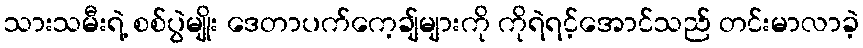
သားသမီးရဲ့ စစ်ပွဲမျိုး ဒေတာပက်ကေ့ချ်များကို ကိုရဲရင့်အောင်သည် တင်းမာလာခဲ့